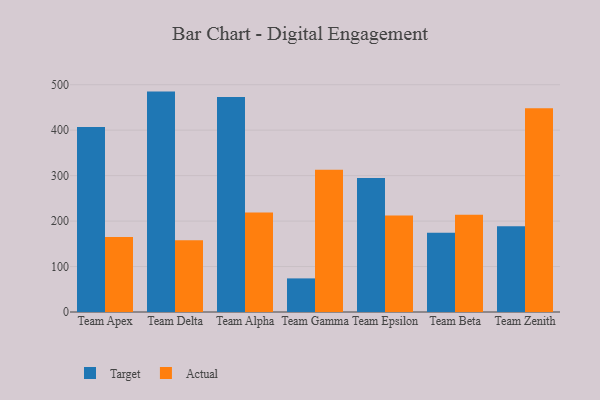
{"axis": {"x": "Team", "y": "Demand Index"}, "legend": ["Actual", "Target"], "data": [{"x": "Team Apex", "y": 407.1, "type": "Target"}, {"x": "Team Apex", "y": 165.2, "type": "Actual"}, {"x": "Team Delta", "y": 484.8, "type": "Target"}, {"x": "Team Delta", "y": 158.0, "type": "Actual"}, {"x": "Team Alpha", "y": 472.9, "type": "Target"}, {"x": "Team Alpha", "y": 218.7, "type": "Actual"}, {"x": "Team Gamma", "y": 73.9, "type": "Target"}, {"x": "Team Gamma", "y": 312.8, "type": "Actual"}, {"x": "Team Epsilon", "y": 295.0, "type": "Target"}, {"x": "Team Epsilon", "y": 212.3, "type": "Actual"}, {"x": "Team Beta", "y": 174.1, "type": "Target"}, {"x": "Team Beta", "y": 213.7, "type": "Actual"}, {"x": "Team Zenith", "y": 188.5, "type": "Target"}, {"x": "Team Zenith", "y": 448.0, "type": "Actual"}]}